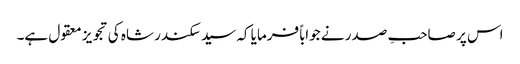
اس پر صاحبِ صدر نے جواباً فرمایا کہ سید سکندر شاہ کی تجویز معقول ہے۔